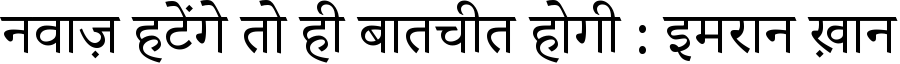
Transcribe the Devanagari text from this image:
नवाज़ हटेंगे तो ही बातचीत होगी : इमरान ख़ान